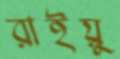
রাইয়ু